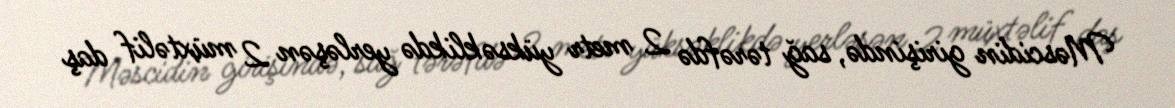
Məscidin girişində, sağ tərəfdə 2 metr yüksəklikdə yerləşən 2 müxtəlif daş